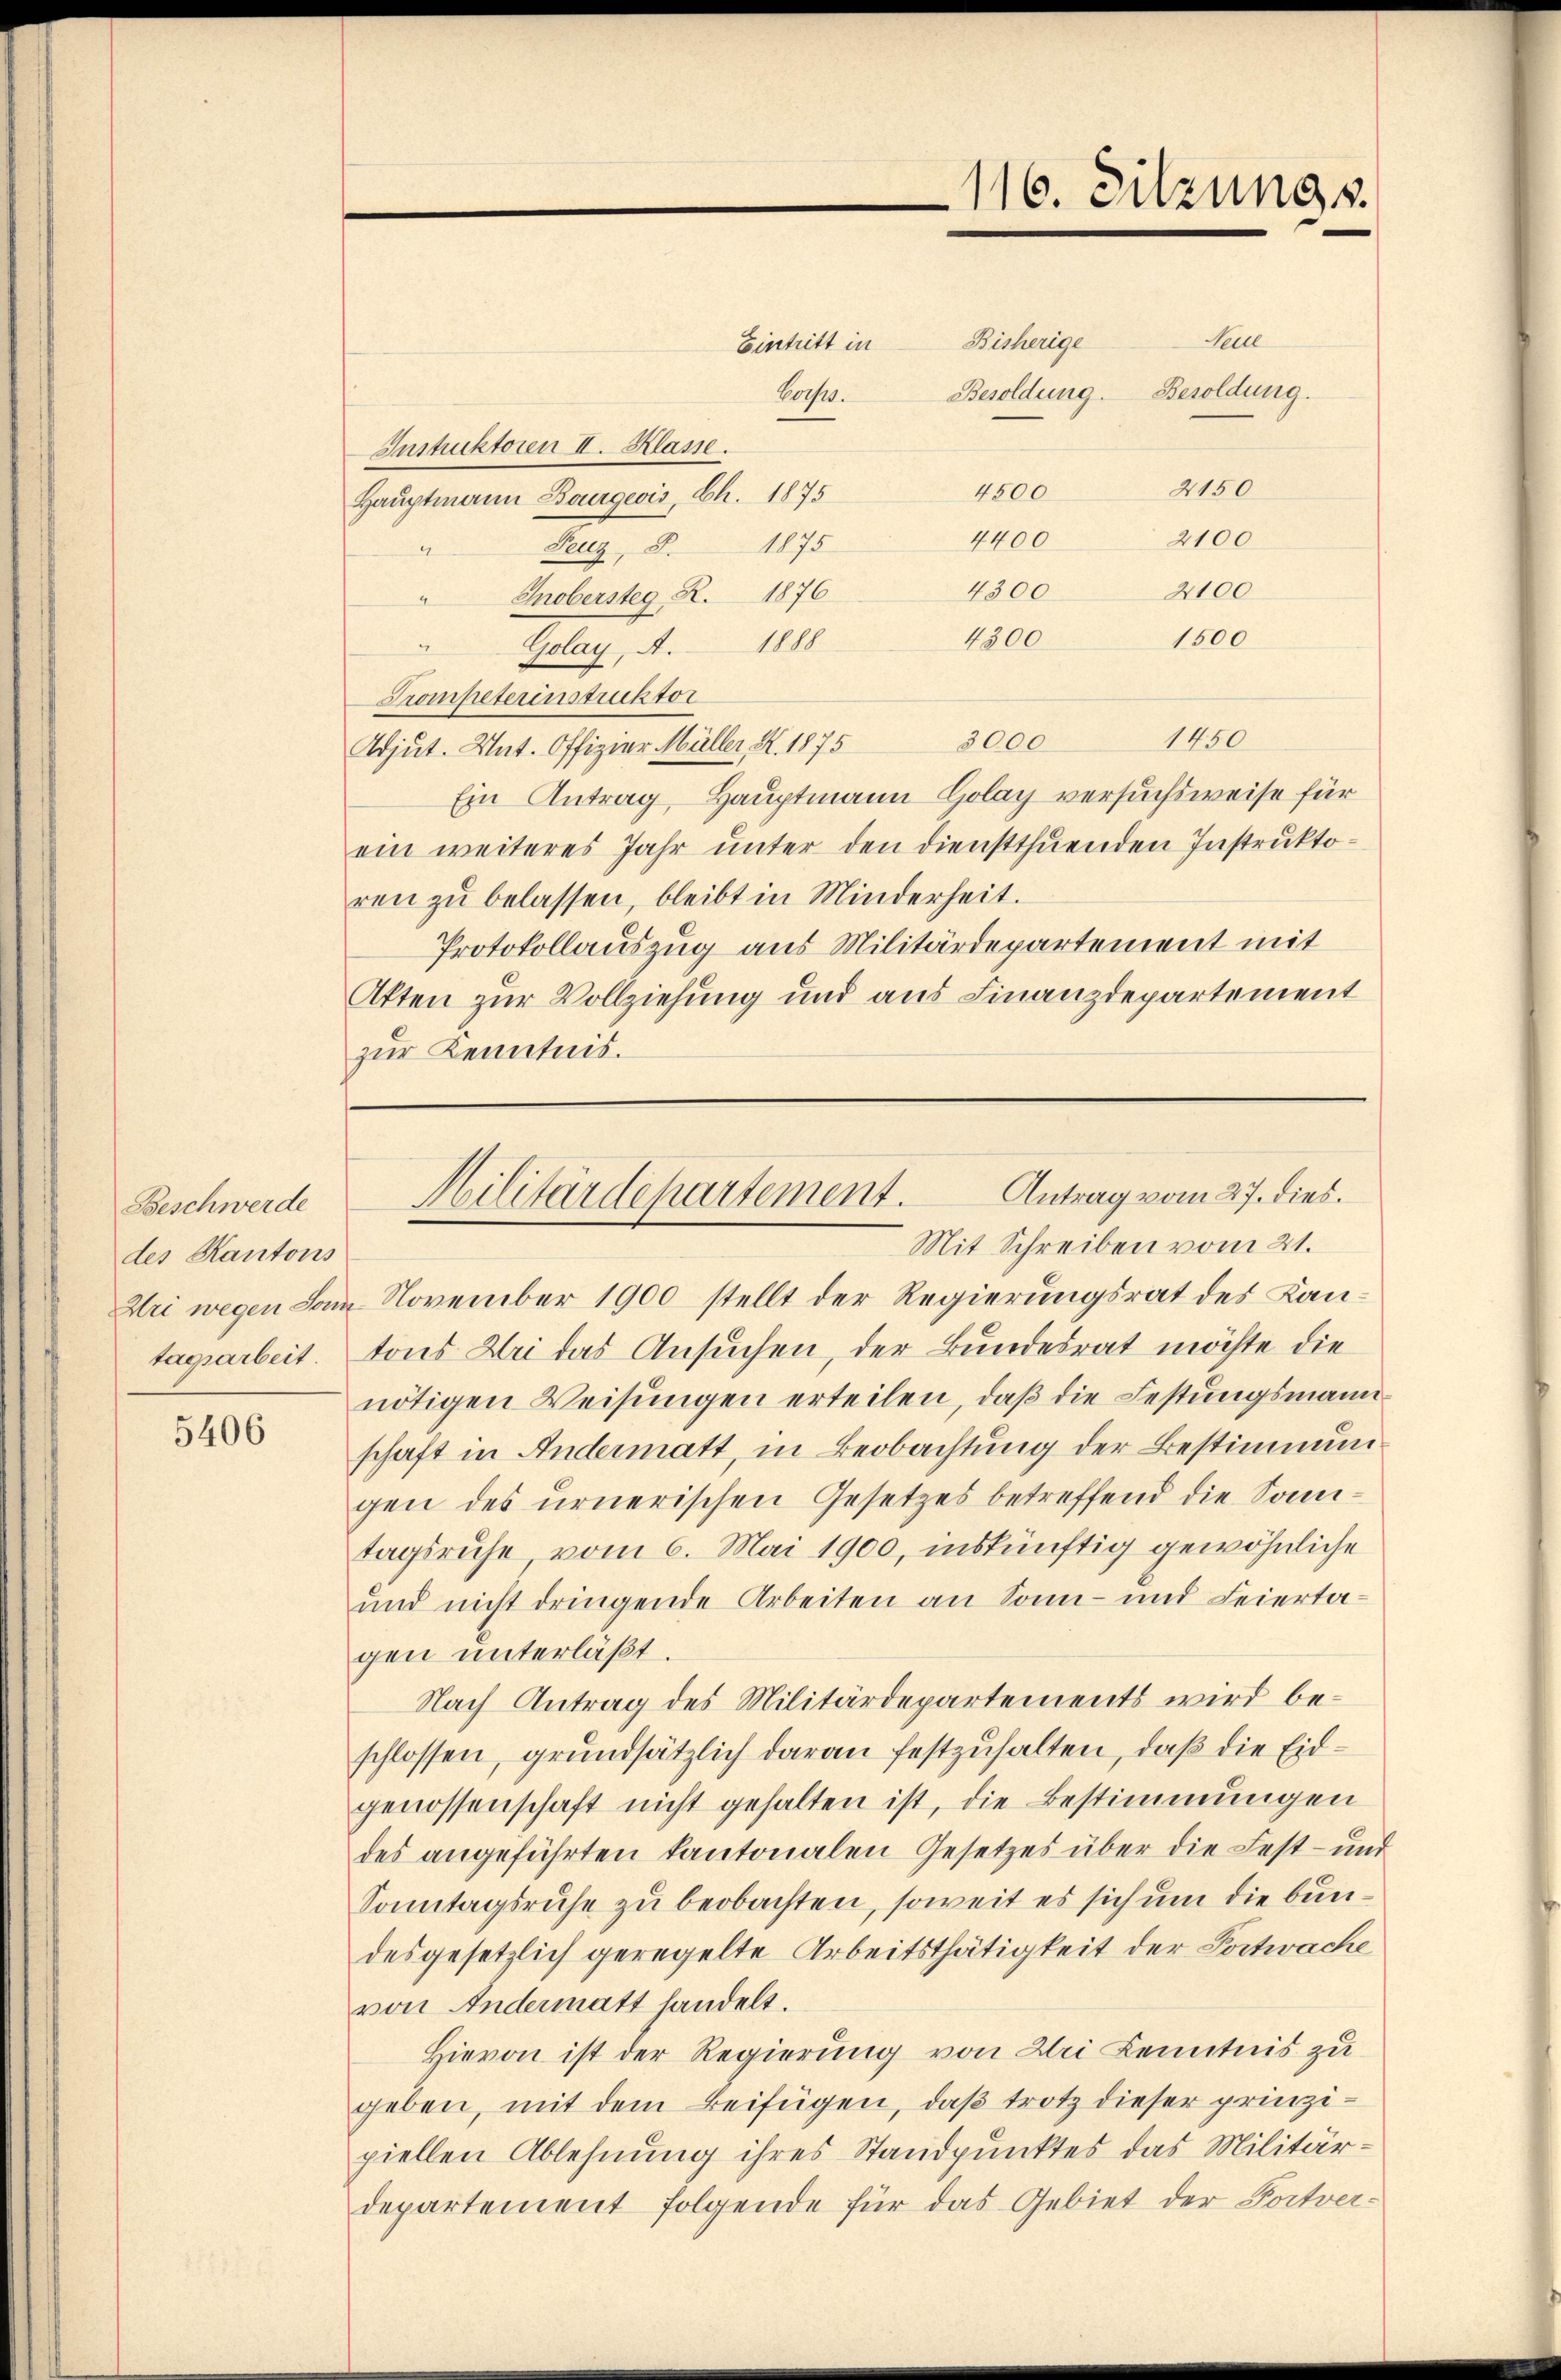
Beschwerde
des Kantons
tagsarbeit

5406

Eintritt in
Bochs.
Instruktoren II. Klasse.
4500
Hauptmann Bourgeois, Ch. 1875
2100
4400
Feuz, S. 1875
4
2100
4300
Gnobersteg R. 1876
1800
1500
2
Golay, A. 1888
Trompeterinstruktor
1450
3000
Adjut. Unt. Offizier Müller, N. 1875
Ein Antrag, Hauptmann Holag versuchsweise für
ein weiteres Jahr unter den dienstthuenden Instruktoren zŭ belassen, bleibt in Minderheit.
Protokollauszug aus Militärdepartement mit
Akten zur Vollziehung und aus Finanzdepartement
zur Kenntnis.

Bisherige

116. Sitzungs

Besoldung. Besoldung.
2150

Seile

Antrag vom 27. dies.
Hilitärdepartement.
Mit Schreiben vom 21.

Uri wegen von November 1900 stellt der Regierungsrat des Kantons Uri das Ansuchen, der Bundesrat möchte die
nötigen Weisungen erteilen, daß die Festungsmannschaft in Andermatt, in Beobachtung der Bestimmungen des urnerischen Gesetzes betreffend die Sontagsruhe vom 6. Mai 1900, inskünftig gewöhnliche
und nicht dringende Arbeiten an Sonn- und Feiertagen unterläßt.
Nach Antrag des Militärdepartements wird beschlossen, grundsätzlich daran festzuhalten, daß die Eidgenossenschaft nicht gehalten ist, die Bestimmungen
des angeführten kantonalen Gesetzes über die Fest- und
Sonntagsruhe zu beobachten, soweit es sich um die bundesgesetzlich geregelte Arbeitsthätigkeit der Postwache
von Andermatt handelt.
Hievon ist der Regierung von Uri Kenntnis zu
geben, mit dem Beifügen, daß trotz dieser prinzipiellen Ablehnung ihres Standpunktes das Militär-
departement folgende für das Gebiet der Portver¬